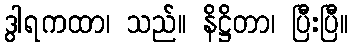
ဒွါရကထာ၊ သည်။ နိဋ္ဌိတာ၊ ပြီးပြီ။